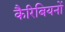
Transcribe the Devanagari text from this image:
कैरिबियनों